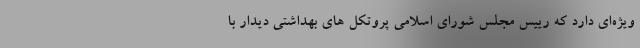
ویژه‌ای دارد که رییس مجلس شورای اسلامی پروتکل های بهداشتی دیدار با